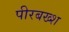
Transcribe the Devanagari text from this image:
पीरबख्श